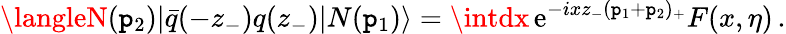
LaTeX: \langleN(\mathtt{p}_{2})|\bar{{q}}(-z_{-})q(z_{-})|N(\mathtt{p}_{1})\rangle=\intdx\, \mathrm{{e}}^{-ixz_{-}(\mathtt{p}_{1}+\mathtt{p}_{2})_{+}}F(x,\eta)\, .